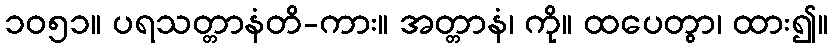
၁၀၅၁။ ပရသတ္တာနံတိ-ကား။ အတ္တာနံ၊ ကို။ ထပေတွာ၊ ထား၍။